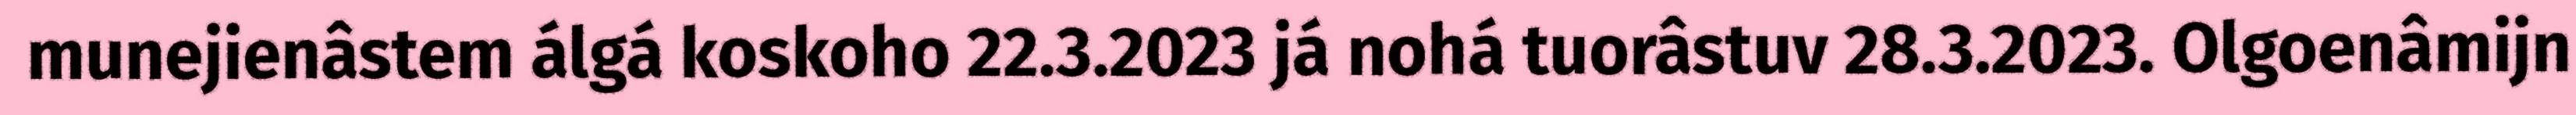
munejienâstem álgá koskoho 22.3.2023 já nohá tuorâstuv 28.3.2023. Olgoenâmijn